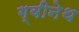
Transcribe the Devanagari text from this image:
ग्वीनेथ